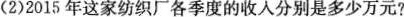
(2)2015年这家纺织厂各季度的收入分别是多少万元?